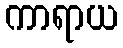
ကာရာယ